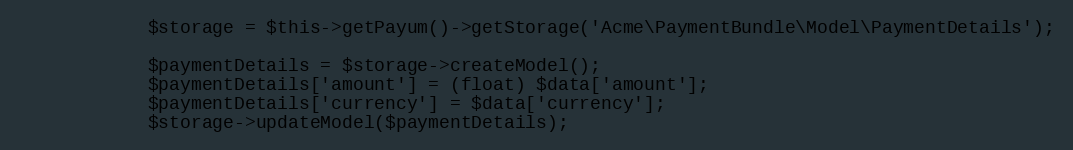
Language: PHP
            $storage = $this->getPayum()->getStorage('Acme\PaymentBundle\Model\PaymentDetails');

            $paymentDetails = $storage->createModel();
            $paymentDetails['amount'] = (float) $data['amount'];
            $paymentDetails['currency'] = $data['currency'];
            $storage->updateModel($paymentDetails);